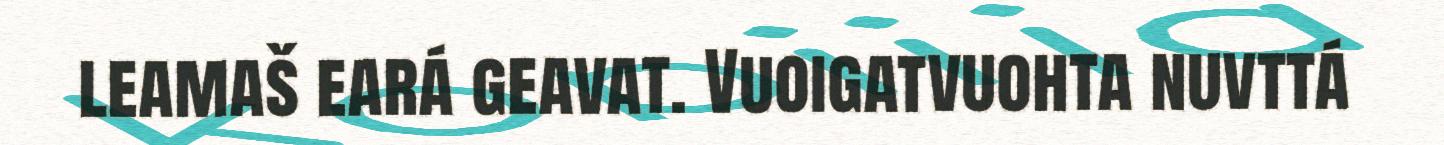
leamaš eará geavat. Vuoigatvuohta nuvttá